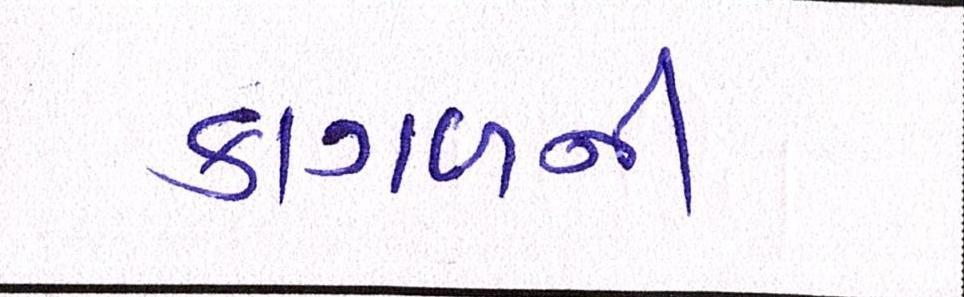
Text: કાગળની